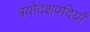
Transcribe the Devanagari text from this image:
त्रयोदशपदियाँ